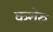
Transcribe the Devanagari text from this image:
कशेरु